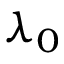
\lambda _ { 0 }